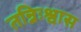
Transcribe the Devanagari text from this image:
तन्निःश्वास